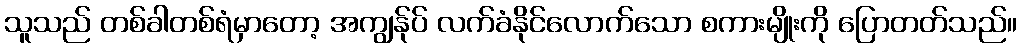
သူသည် တစ်ခါတစ်ရံမှာတော့ အကျွန်ုပ် လက်ခံနိုင်လောက်သော စကားမျိုးကို ပြောတတ်သည်။